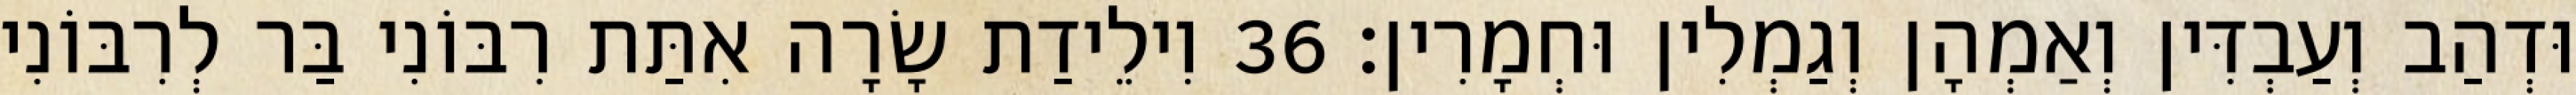
וּדְהַב וְעַבְדִּין וְאַמְהָן וְגַמְלִין וּחְמָרִין׃ 36 וִילֵידַת שָׂרָה אִתַּת רִבּוֹנִי בַּר לְרִבּוֹנִי